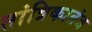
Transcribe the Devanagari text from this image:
तांत्रिकातंत्र